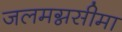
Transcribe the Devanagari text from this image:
जलमग्नसीमा